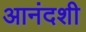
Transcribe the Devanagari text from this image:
आनंदशी